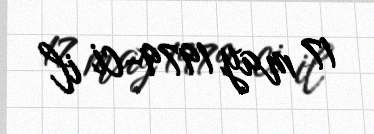
17 may 1979-ci il